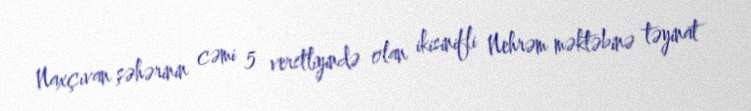
Naxçıvan şəhərinin cəmi 5 verstliyində olan ikisinifli Nehrəm məktəbinə təyinat